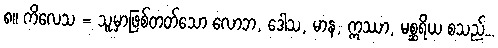
၈။ ကိလေသ = သူ့မှာဖြစ်တတ်သော လောဘ, ဒေါသ, မာန, ဣဿာ, မစ္ဆရိယ စသည်...